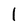
Character: l